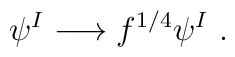
\psi^I \longrightarrow f^{1/4} \psi^I ~.